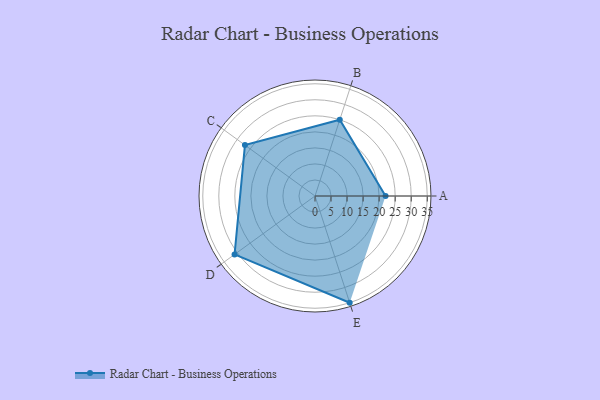
{"axis": {"x": "Skill", "y": "Score"}, "legend": ["Profile"], "data": [{"x": "A", "y": 22.0, "type": "Profile"}, {"x": "B", "y": 25.0, "type": "Profile"}, {"x": "C", "y": 27.0, "type": "Profile"}, {"x": "D", "y": 31.0, "type": "Profile"}, {"x": "E", "y": 35.0, "type": "Profile"}]}